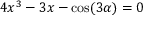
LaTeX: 4 x ^ { 3 } - 3 x - \cos ( 3 \alpha ) = 0